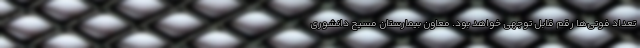
تعداد فوتی‌ها رقم قابل توجهی خواهد بود. معاون بیمارستان مسیح دانشوری